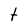
Character: t